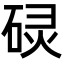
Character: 𮀡